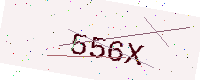
Text: 556X